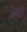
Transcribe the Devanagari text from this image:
लेलेले